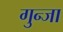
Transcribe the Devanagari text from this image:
गुन्जा